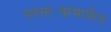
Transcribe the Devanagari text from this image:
पदनाट्यांमार्फत